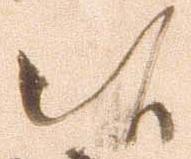
候